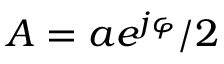
A = a e ^ { j \varphi } / 2